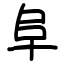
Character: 阜